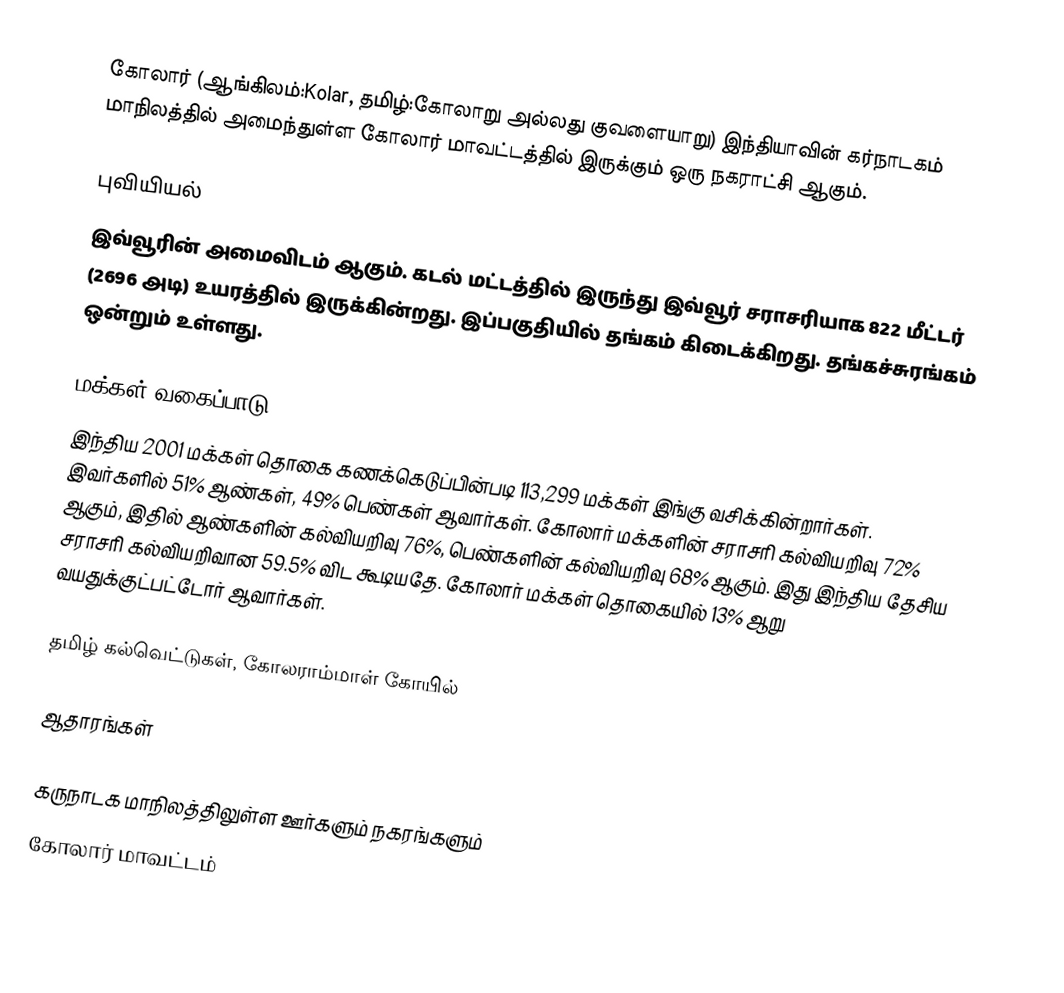
கோலார் (ஆங்கிலம்:Kolar, தமிழ்:கோலாறு அல்லது குவளையாறு)  இந்தியாவின் கர்நாடகம் மாநிலத்தில் அமைந்துள்ள கோலார் மாவட்டத்தில் இருக்கும் ஒரு நகராட்சி ஆகும்.

புவியியல்
இவ்வூரின் அமைவிடம்  ஆகும். கடல் மட்டத்தில் இருந்து இவ்வூர் சராசரியாக 822 மீட்டர் (2696 அடி) உயரத்தில் இருக்கின்றது. இப்பகுதியில் தங்கம் கிடைக்கிறது. தங்கச்சுரங்கம் ஒன்றும் உள்ளது.

மக்கள் வகைப்பாடு
இந்திய 2001 மக்கள் தொகை கணக்கெடுப்பின்படி 113,299 மக்கள் இங்கு வசிக்கின்றார்கள். இவர்களில் 51% ஆண்கள், 49% பெண்கள் ஆவார்கள். கோலார் மக்களின் சராசரி கல்வியறிவு 72% ஆகும்,  இதில் ஆண்களின் கல்வியறிவு 76%,  பெண்களின் கல்வியறிவு 68% ஆகும். இது இந்திய தேசிய சராசரி கல்வியறிவான 59.5% விட கூடியதே. கோலார் மக்கள் தொகையில் 13%  ஆறு வயதுக்குட்பட்டோர் ஆவார்கள்.

தமிழ் கல்வெட்டுகள், கோலராம்மாள் கோயில்

ஆதாரங்கள்

கருநாடக மாநிலத்திலுள்ள ஊர்களும் நகரங்களும்
கோலார் மாவட்டம்